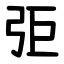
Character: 弡